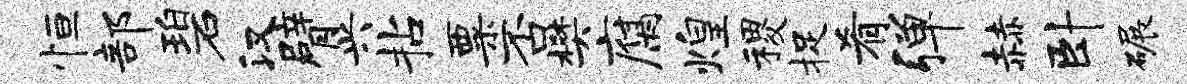
恒部碧汉臂兴拈粟否樊腐煌稷捉肴弹赫卧碾